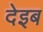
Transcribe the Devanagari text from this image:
देइब